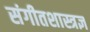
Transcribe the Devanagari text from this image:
संगीतशास्त्रज्ञ